Lunatic asylums in Bengal annual reports 1899-1911 - 1899-1911
Year: 1899
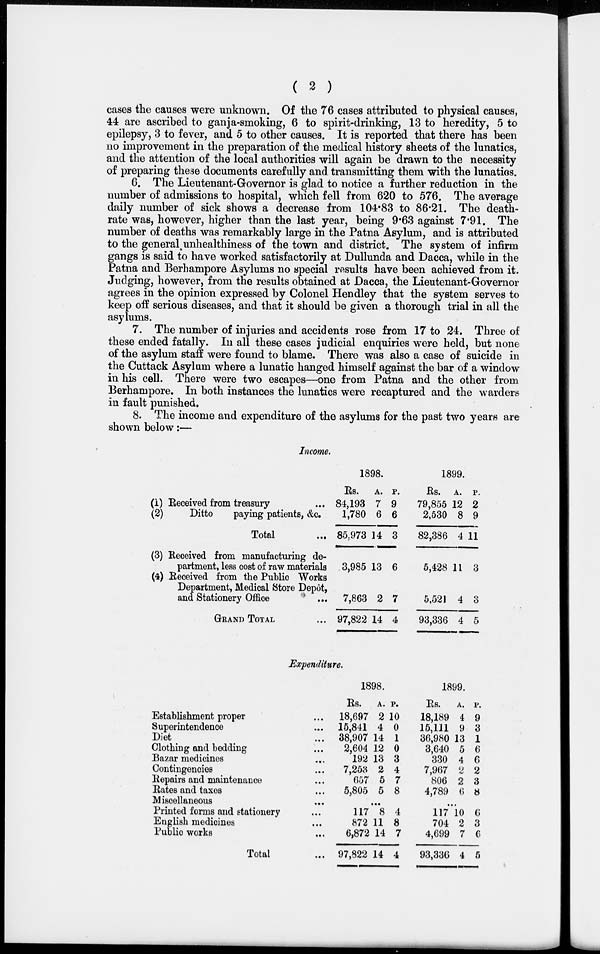
( 2 )
cases the causes were unknown. Of the 76 cases attributed to physical causes,
44 are ascribed to ganja-smoking, 6 to spirit-drinking, 13 to heredity, 5 to
epilepsy, 3 to fever, and 5 to other causes. It is reported that there has been
no improvement in the preparation of the medical history sheets of the lunatics,
and the attention of the local authorities will again be drawn to the necessity
of preparing these documents carefully and. transmitting them with the lunatics.
6. The Lieutenant-Governor is glad to notice a further reduction in the
number of admissions to hospital, which fell from 620 to 576. The average
daily number of sick shows a decrease from 104.83 to 86.21. The death-
rate was, however, higher than the last year, being 9.63 against 7.91. The
number of deaths was remarkably large in the Patna Asylum, and is attributed
to the general unhealthiness of the town and district. The system of infirm
gangs is said to have worked satisfactorily at Dullunda and Dacca, while in the
Patna and Berhampore Asylums no special results have been achieved from it.
Judging, however, from the results obtained at Dacca, the Lieutenant-Governor
agrees in the opinion expressed by Colonel Hendley that the system serves to
keep off serious diseases, and that it should be given a thorough trial in all the
asylums.
7. The number of injuries and accidents rose from 17 to 24. Three of
these ended fatally. In all these cases judicial enquiries were held, but none
of the asylum staff were found to blame. There was also a case of suicide in
the Cuttack Asylum where a lunatic hanged himself against the bar of a window
in his cell. There were two escapes—one from Patna and the other from
Berhampore. In both instances the lunatics were recaptured and the warders
in fault punished.
8. The income and expenditure of the asylums for the past two years are
shown below:—
Income.
(1) Received from treasury
...
(2)
Ditto
paying patients, &c.
Total ...
(3) Received from manufacturing de-
partment, less cost of raw materials
(4) Received from the Public Works
Department, Medical Store Depôt,
and Stationery Office ...
GRAND TOTAL ...
1898.
Rs.
84,193
1,780
85,973
3,985
7,863
97,822
A.
7
6
14
13
2
14
P.
9
6
3
6
7
4
1899.
Rs.
79,855
2,530
82,386
5,428
5,521
93,336
A.
12
8
4 :
11
4
4
P.
2
9
11
3
3
5
Expenditure.
Establishment proper ... ...
Superintendence ... ...
Diet ... ...
Clothing and bedding ... ...
Bazar medicines ... ...
Contingencies ... ...
Repairs and maintenance ... ...
Rates and taxes ... ...
Miscellaneous ... ... ...
Printed forms and stationery ...
English medicines ... ...
Public works ...
Total ...
1898.
Rs.
18,697
15,841
38,907
2,604
192
7,253
657
5,805
A.
2
4
14
12
13
2
5
5
P.
10
0
1
0
3
4
7
8
...
117
872
6,872
97,822
8
11
14
14
4
8
7
4
1899.
Rs.
18,189
15,111
36,980
3,640
330
7,967
806
4,789
A.
4
9
13
5
4
2
2
6
P.
9
3
1
6
6
2
3
8
...
117
704
4,699
93,336
10
2
7
4
6
3
6
5